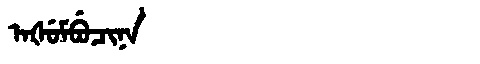
Manchu: ᠠᡧᡠᠮᠪᡠᠴᡳᠨᠠ
Romanization: AŠUMBUCINA